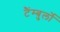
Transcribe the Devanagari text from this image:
टैंम्बुर्लो